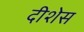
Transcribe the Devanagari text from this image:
दीशेस